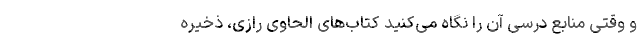
و وقتی منابع درسی آن را نگاه می‌کنید کتاب‌های الحاوی رازی، ذخیره